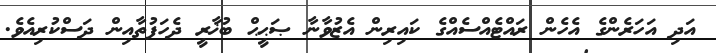
އަދި އަހަރެންގެ އެހެން ރައްޓެއްސެއްގެ ކައިރިން އެޒުވާނާ ޞަޙީޙް ބުޚާރީ ދެހަފުތާއިން ދަސްކުރިއެވެ.